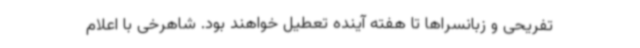
تفریحی و زبانسراها تا هفته آینده تعطیل خواهند بود. شاهرخی با اعلام